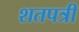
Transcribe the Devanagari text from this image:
शतपत्री